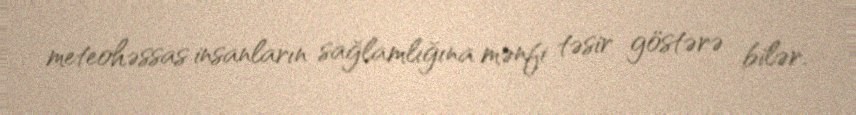
meteohəssas insanların sağlamlığına mənfi təsir göstərə bilər.